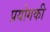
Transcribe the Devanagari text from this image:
प्रयोगकी